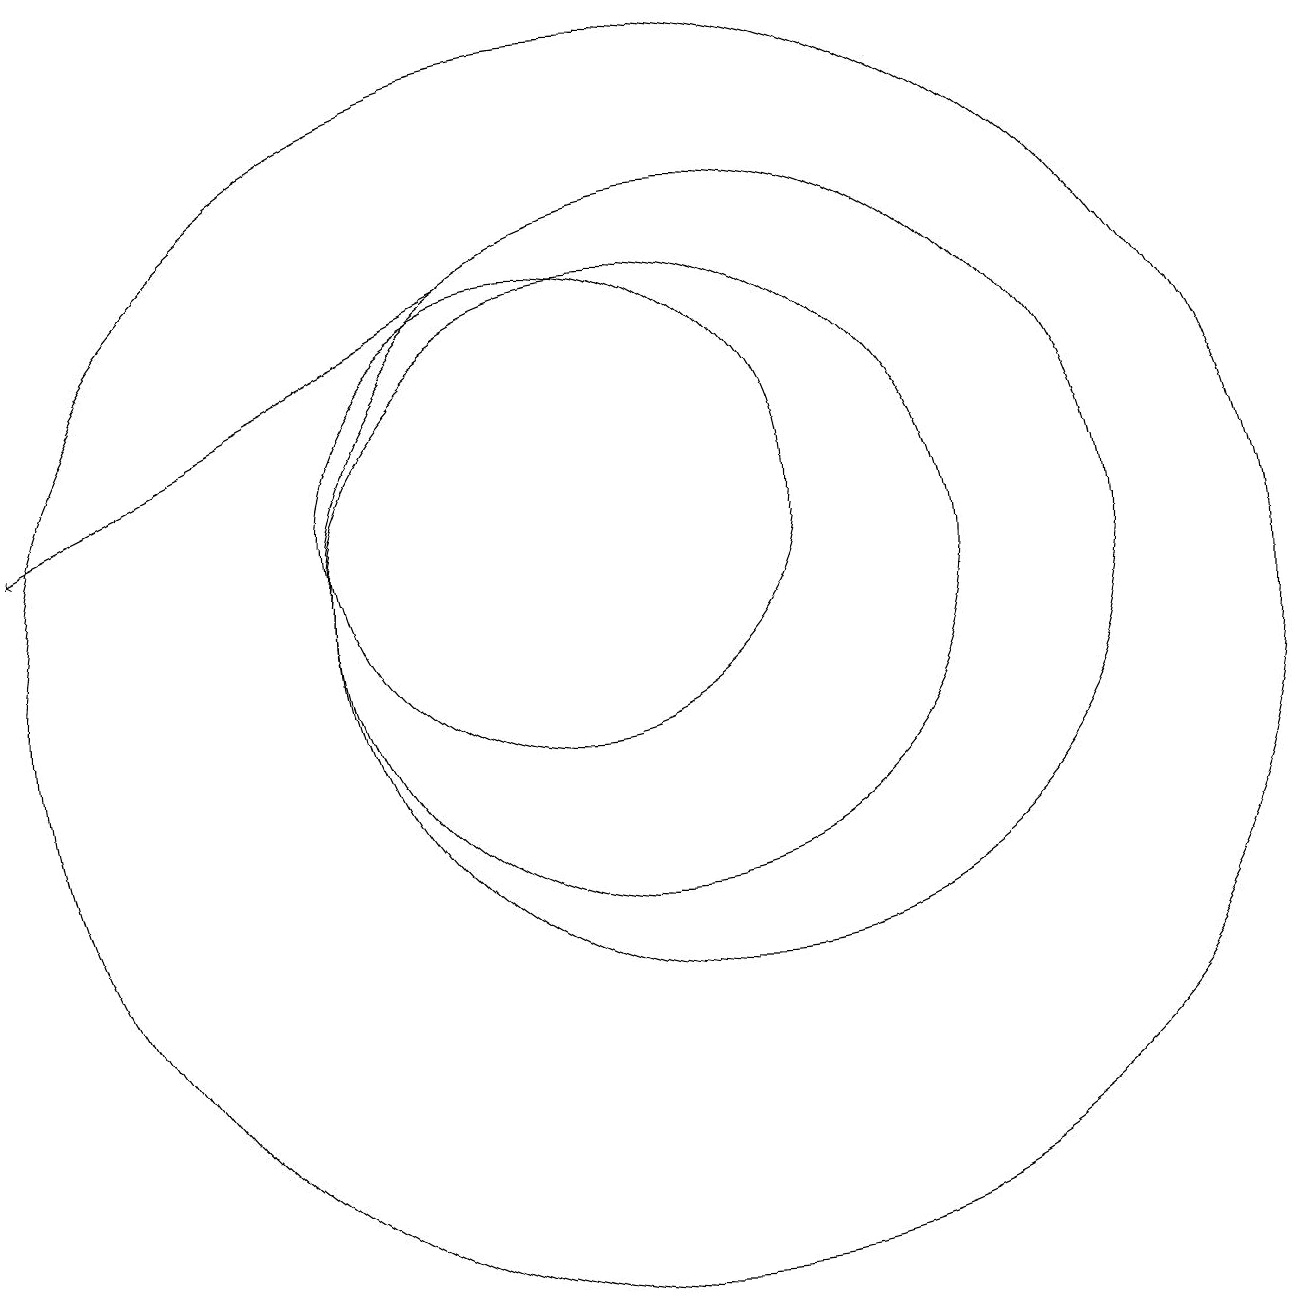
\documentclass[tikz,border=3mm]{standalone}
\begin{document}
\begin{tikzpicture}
\draw (11,11) circle (4);
\draw (10,12) circle (3);
\draw[->] (9,15) -- (3,12);
\draw (12,11) circle (5);
\draw (11,10) circle (8);
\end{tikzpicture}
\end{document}